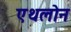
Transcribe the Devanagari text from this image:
एथलोन